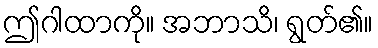
ဤဂါထာကို။ အဘာသိ၊ ရွတ်၏။